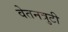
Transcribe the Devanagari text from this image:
वेतनत्रुटी